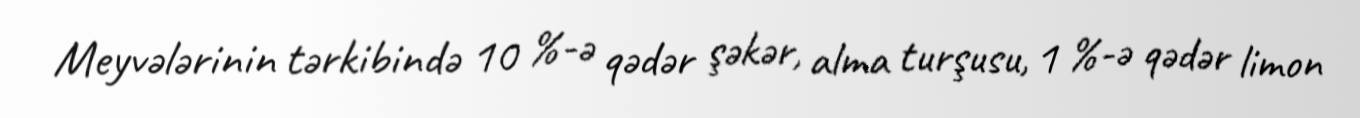
Meyvələrinin tərkibində 10 %-ə qədər şəkər, alma turşusu, 1 %-ə qədər limon